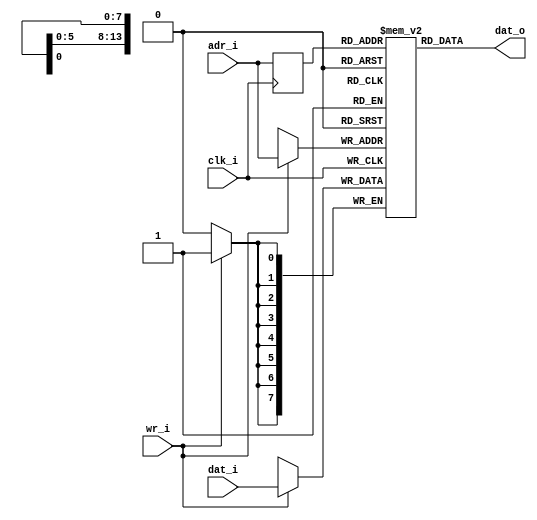
module sram 
( 
    clk_i, 
    adr_i, 
    dat_i, 
    wr_i,
    dat_o
);

//-----------------------------------------------------------------
// Params
//-----------------------------------------------------------------
parameter  [31:0]       WIDTH = 8;
parameter  [31:0]       SIZE = 14;

//-----------------------------------------------------------------
// I/O
//-----------------------------------------------------------------    
input                   clk_i /*verilator public*/;
output [(WIDTH - 1):0]  dat_o /*verilator public*/;
input [(WIDTH - 1):0]   dat_i /*verilator public*/;
input [(SIZE - 1):0]    adr_i /*verilator public*/;
input                   wr_i /*verilator public*/;

//-----------------------------------------------------------------
// Registers
//-----------------------------------------------------------------
reg [(WIDTH - 1):0]     ram [((2<< (SIZE-1)) - 1):0] /*verilator public*/;
reg [(SIZE - 1):0]      rd_addr;
wire [(WIDTH - 1):0]    dat_o;

//-----------------------------------------------------------------
// Processes
//-----------------------------------------------------------------
always @ (posedge clk_i)
begin 
    if (wr_i == 1'b1)
        ram[adr_i] <= dat_i;
    rd_addr <= adr_i;
end

//-------------------------------------------------------------------
// Combinatorial
//-------------------------------------------------------------------
assign dat_o = ram[rd_addr];

endmodule